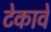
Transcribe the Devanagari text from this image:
टेकावे